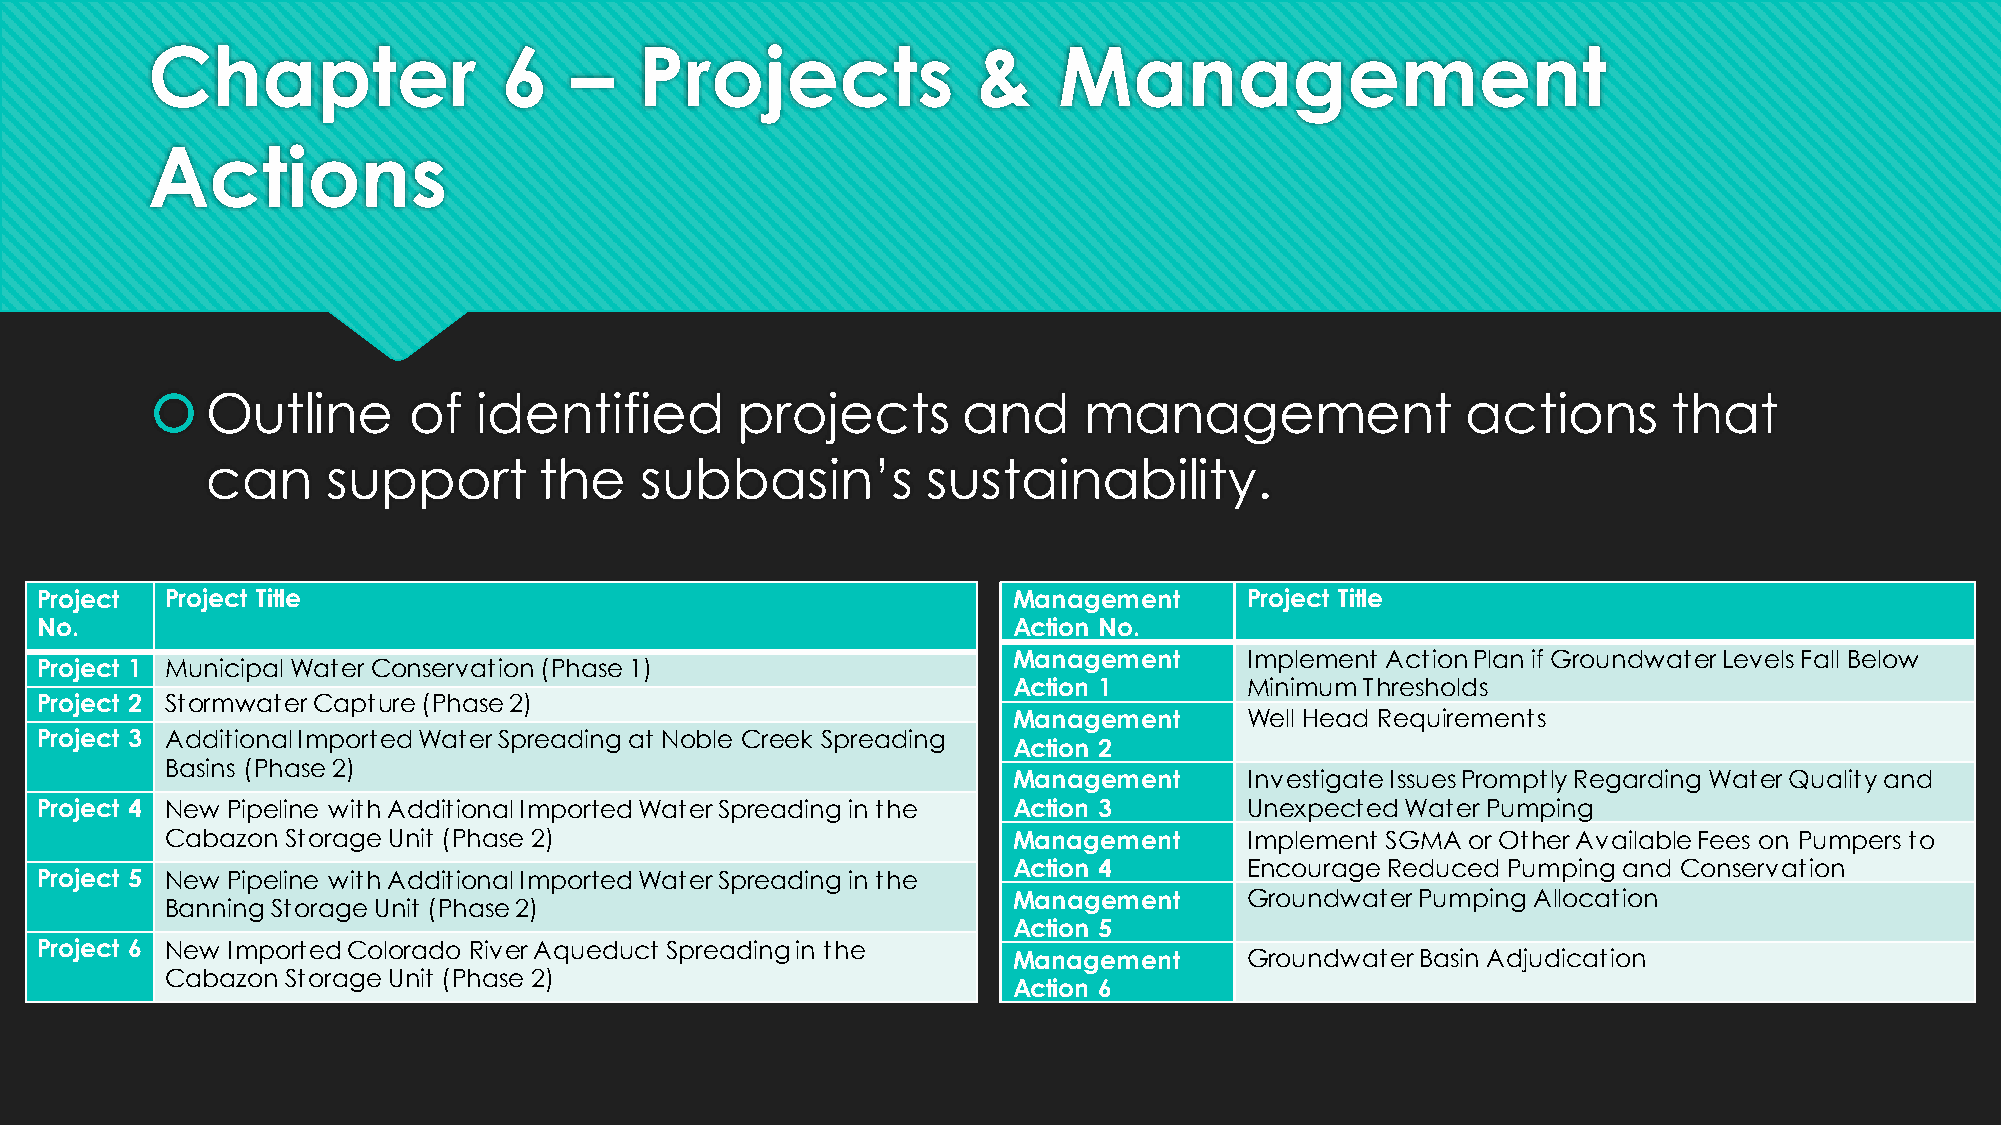
Chapter                6    –   Projects               &    Management
 Actions
    Outline      of   identified       projects       and     management               actions       that
 can     support       the   subbasin’s         sustainability.
 Project  Project Title                                           Management     Project Title
 No.                                                              Action No.
 Management     Implement Action Plan if Groundwater Levels Fall Below
 Project 1 Municipal Water Conservation (Phase 1)
 Action 1       Minimum Thresholds
 Project 2 Stormwater Capture (Phase 2)
 Management     Well Head Requirements
 Project 3 Additional Imported Water Spreading at Noble Creek Spreading
 Action 2
 Basins (Phase 2)
 Management     Investigate Issues Promptly Regarding Water Quality and
 Project 4 New Pipeline with Additional Imported Water Spreading in the Action 3 Unexpected Water Pumping
 Cabazon Storage Unit (Phase 2)                          Management     Implement SGMA or Other Available Fees on Pumpers to
 Action 4       Encourage Reduced Pumping and Conservation
 Project 5 New Pipeline with Additional Imported Water Spreading in the
 Management     Groundwater Pumping Allocation
 Banning Storage Unit (Phase 2)
 Action 5
 Project 6 New Imported Colorado River Aqueduct Spreading in the
 Management     Groundwater Basin Adjudication
 Cabazon Storage Unit (Phase 2)
 Action 6